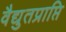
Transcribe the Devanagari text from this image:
वैद्युतप्राप्ति